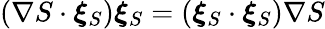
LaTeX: \left(\nabla{S}\cdot\boldsymbol{\xi}_{S}\right)\boldsymbol{\xi}_{S}=\left(\boldsymbol{\xi}_{S}\cdot\boldsymbol{\xi}_{S}\right)\nabla{S}